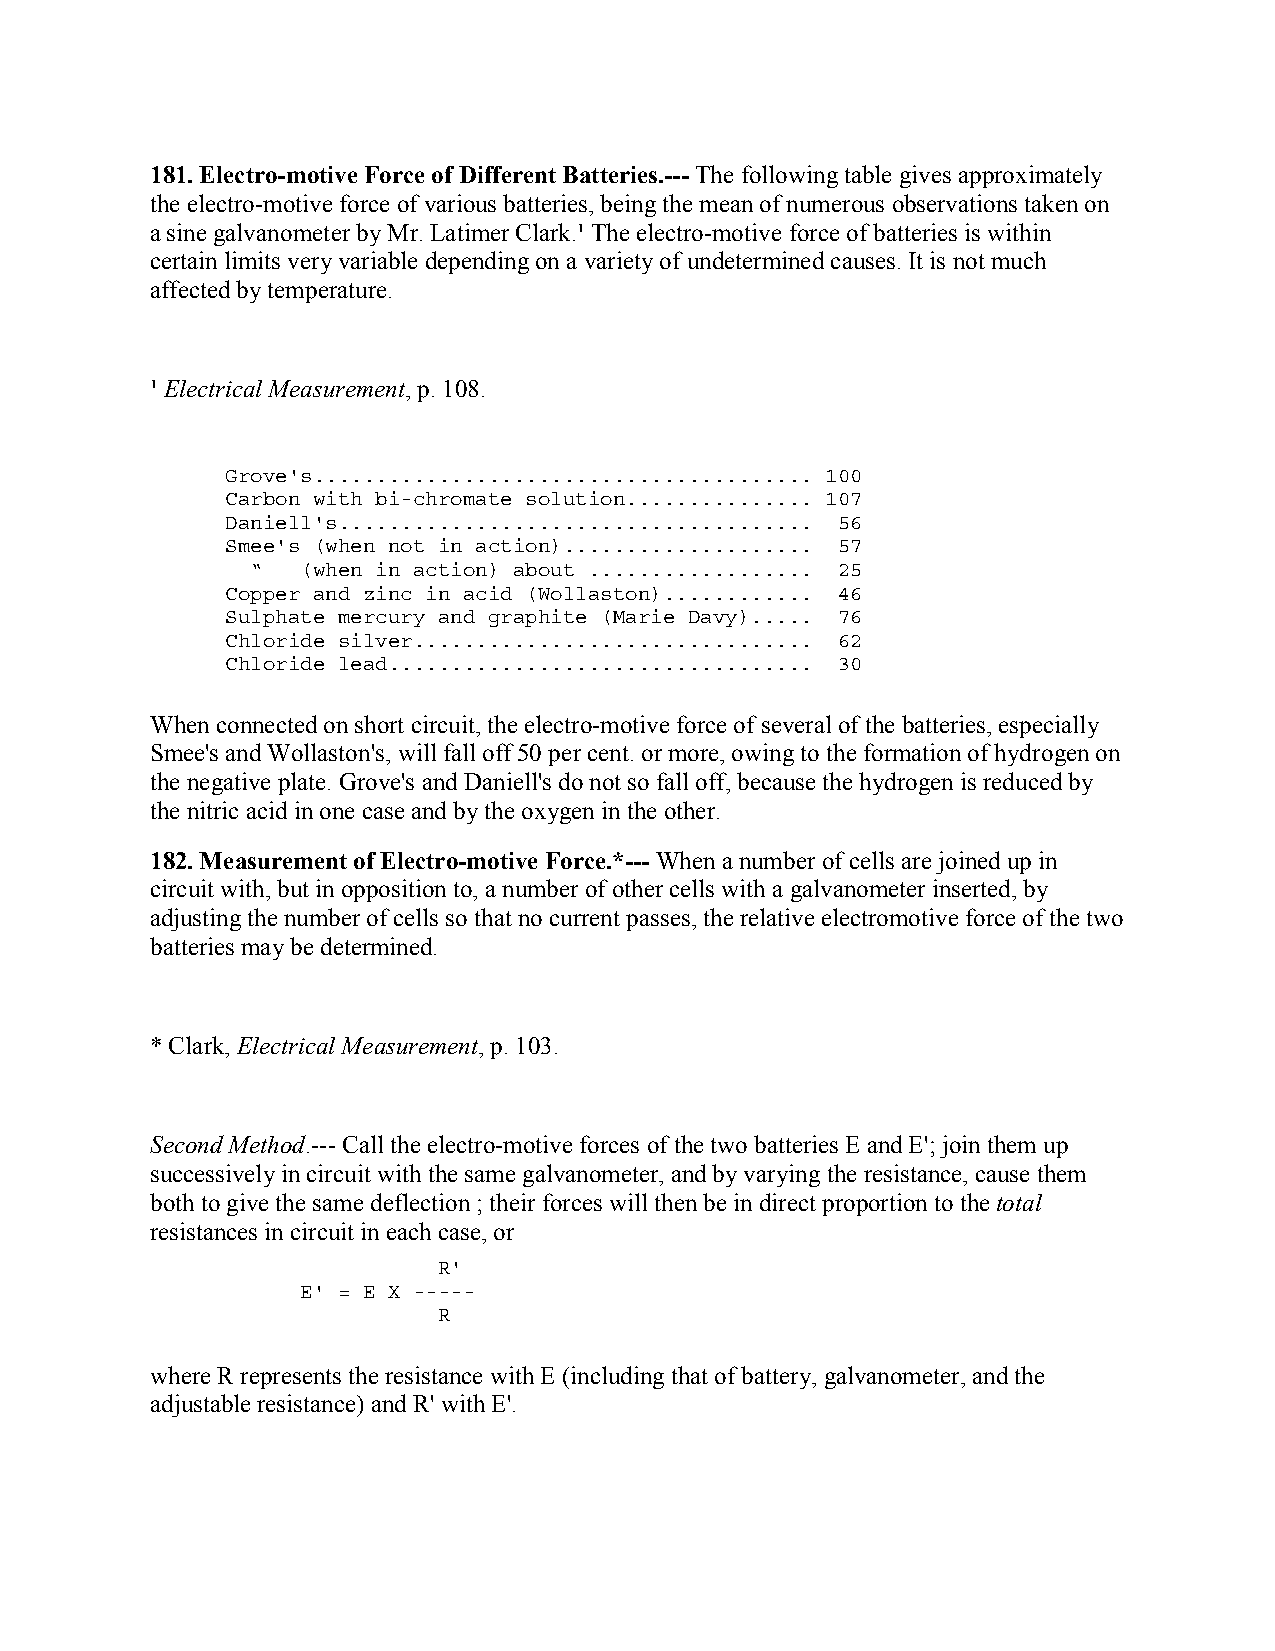
181. Electro-motive Force of Different Batteries.--- The following table gives approximately
 the electro-motive force of various batteries, being the mean of numerous observations taken on
 a sine galvanometer by Mr. Latimer Clark.¹ The electro-motive force of batteries is within
 certain limits very variable depending on a variety of undetermined causes. It is not much
 affected by temperature.
 ¹ Electrical Measurement, p. 108.
 Grove's........................................ 100
 Carbon with bi-chromate solution............... 107
 Daniell's...................................... 56
 Smee's (when not in action).................... 57
 “  (when in action) about .................. 25
 Copper and zinc in acid (Wollaston)............ 46
 Sulphate mercury and graphite (Marie Davy)..... 76
 Chloride silver................................ 62
 Chloride lead.................................. 30
 When connected on short circuit, the electro-motive force of several of the batteries, especially
 Smee's and Wollaston's, will fall off 50 per cent. or more, owing to the formation of hydrogen on
 the negative plate. Grove's and Daniell's do not so fall off, because the hydrogen is reduced by
 the nitric acid in one case and by the oxygen in the other.
 182. Measurement of Electro-motive Force.*--- When a number of cells are joined up in
 circuit with, but in opposition to, a number of other cells with a galvanometer inserted, by
 adjusting the number of cells so that no current passes, the relative electromotive force of the two
 batteries may be determined.
 * Clark, Electrical Measurement, p. 103.
 Second Method.--- Call the electro-motive forces of the two batteries E and E'; join them up
 successively in circuit with the same galvanometer, and by varying the resistance, cause them
 both to give the same deflection ; their forces will then be in direct proportion to the total
 resistances in circuit in each case, or
 R'
 E' = E X -----
 R
 where R represents the resistance with E (including that of battery, galvanometer, and the
 adjustable resistance) and R' with E'.